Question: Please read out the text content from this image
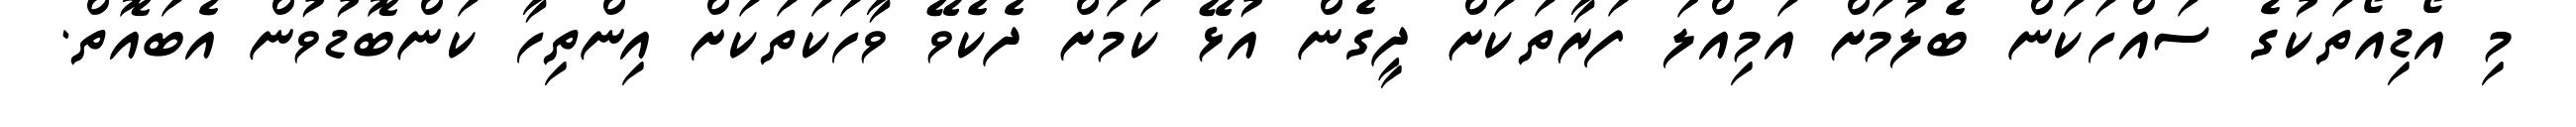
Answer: މި އޯޑިއޯތަކުގެ ސައްހަކަން ބެލުމަށް އަމިއްލަ ފަރާތަކަށް ދީގެން އުޅޭ ކަމަށް ދެކެވޭ ވާހަކަތަކަށް އިންތިހާ ކަންބޮޑުވުން އެބައޮތް.